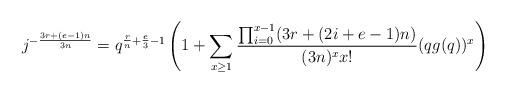
\begin{align*}j^{-\frac{3r+(e-1)n}{3n}}=q^{\frac{r}{n}+\frac{e}{3}-1}\left(1+\sum_{x\geq 1}\frac{\prod_{i = 0}^{x-1}(3r+(2i+e-1)n)}{(3n)^xx!}(qg(q))^x\right)\end{align*}